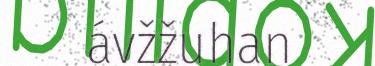
ávžžuhan